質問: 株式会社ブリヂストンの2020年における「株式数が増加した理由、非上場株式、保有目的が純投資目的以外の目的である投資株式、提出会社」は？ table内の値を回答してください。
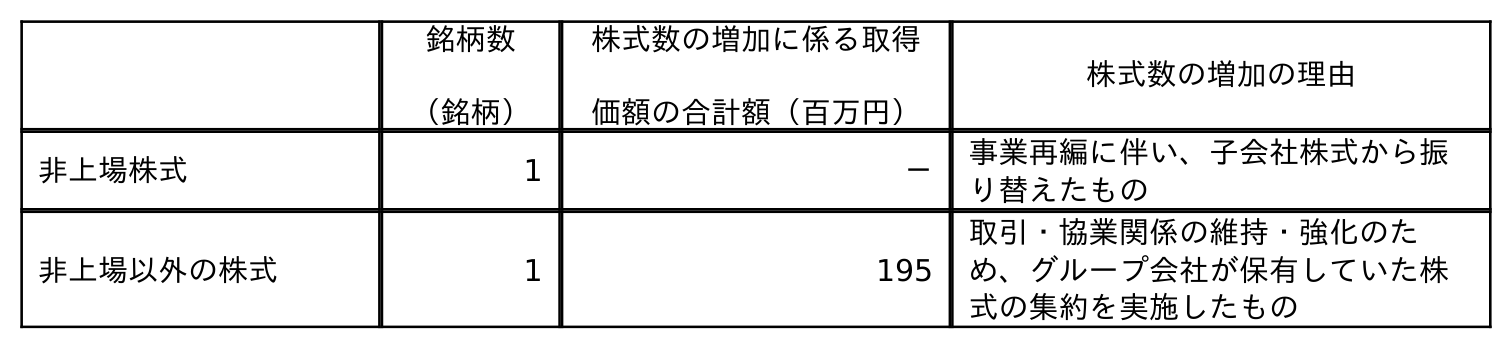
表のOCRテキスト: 銘柄数 （銘柄） 株式数の増加に係る取得 価額の合計額（百万円） 株式数の増加の理由 非上場株式 1 － 事業再編に伴い、子会社株式から振 り替えたもの 非上場以外の株式 1 195 取引・協業関係の維持・強化のた め、グループ会社が保有していた株 式の集約を実施したもの
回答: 事業再編に伴い、子会社株式から振り替えたもの